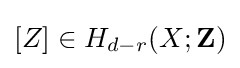
[Z]\in H_{d-r}(X;\mathbf {Z} )